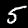
Label: 5